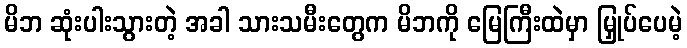
မိဘ ဆုံးပါးသွားတဲ့ အခါ သားသမီးတွေက မိဘကို မြေကြီးထဲမှာ မြှုပ်ပေမဲ့